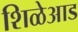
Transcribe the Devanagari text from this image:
शिळेआड